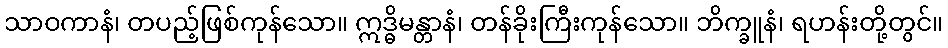
သာဝကာနံ၊ တပည့်ဖြစ်ကုန်သော။ ဣဒ္ဓိမန္တာနံ၊ တန်ခိုးကြီးကုန်သော။ ဘိက္ခူနံ၊ ရဟန်းတို့တွင်။